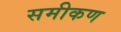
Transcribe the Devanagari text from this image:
समीकण